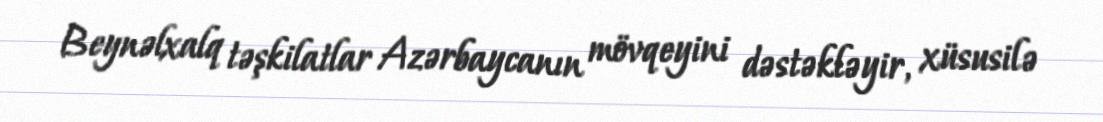
Beynəlxalq təşkilatlar Azərbaycanın mövqeyini dəstəkləyir, xüsusilə